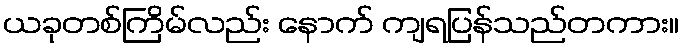
ယခုတစ်ကြိမ်လည်း နောက် ကျရပြန်သည်တကား။